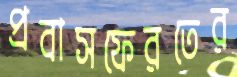
প্রবাসফেরতের